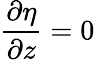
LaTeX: \frac{\partial\eta}{\partial z}=0